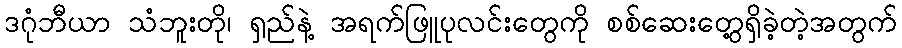
ဒဂုံဘီယာ သံဘူးတို၊ ရှည်နဲ့ အရက်ဖြူပုလင်းတွေကို စစ်ဆေးတွေ့ရှိခဲ့တဲ့အတွက်